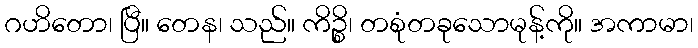
ဂဟိတော၊ ပြီ။ တေန၊ သည်။ ကိဉ္စိ၊ တစုံတခုသောမုန့်ကို။ အကာမာ၊